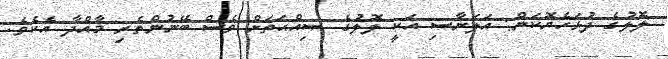
ލޮލުގެ ދުޅަހެޔޮކަން: އަލަނާސި އަކީ ލޮލުގެ ޞިއްޙަތަށް ވެސް ބޭނުންތެރި މާއްދާ އެކެވެ.